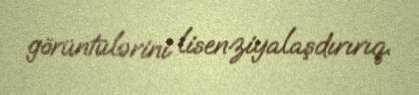
görüntülərini lisenziyalaşdırırıq.